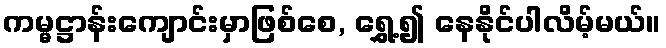
ကမ္မဋ္ဌာန်းကျောင်းမှာဖြစ်စေ, ရွှေ့၍ နေနိုင်ပါလိမ့်မယ်။